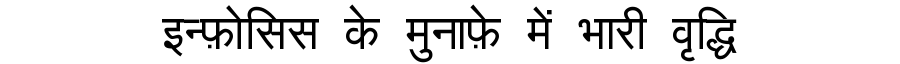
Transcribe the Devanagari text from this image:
इन्फ़ोसिस के मुनाफ़े में भारी वृद्धि